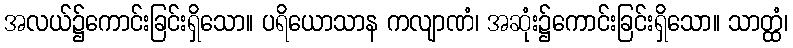
အလယ်၌ကောင်းခြင်းရှိသော။ ပရိယောသာန ကလျာဏံ၊ အဆုံး၌ကောင်းခြင်းရှိသော။ သာတ္ထံ၊